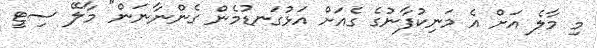
މި މާލެ އަށް އެ މަނިކުފާނުގެ ގެއަށް އަޅުގަނޑުމެން ގެންނާނަން" މާލޭ ސިޓީ